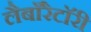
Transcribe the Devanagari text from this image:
लैबाॅरैटाॅरी